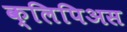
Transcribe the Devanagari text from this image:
क्लिपिअस